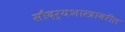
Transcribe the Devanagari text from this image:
सौंदर्यशास्त्रावरील